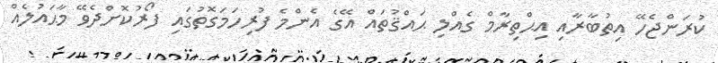
ކުރަންޖެހޭ އިތުބާރާއި އިޙްތިރާމް ގެއްލި ޙައްޤުތައް އޭގެ އެންމެ ފުރިހަމަގޮތުގައި ފޯރުކޮށްދެވޭ މާޙައުލެއް